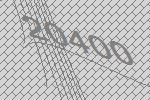
20400